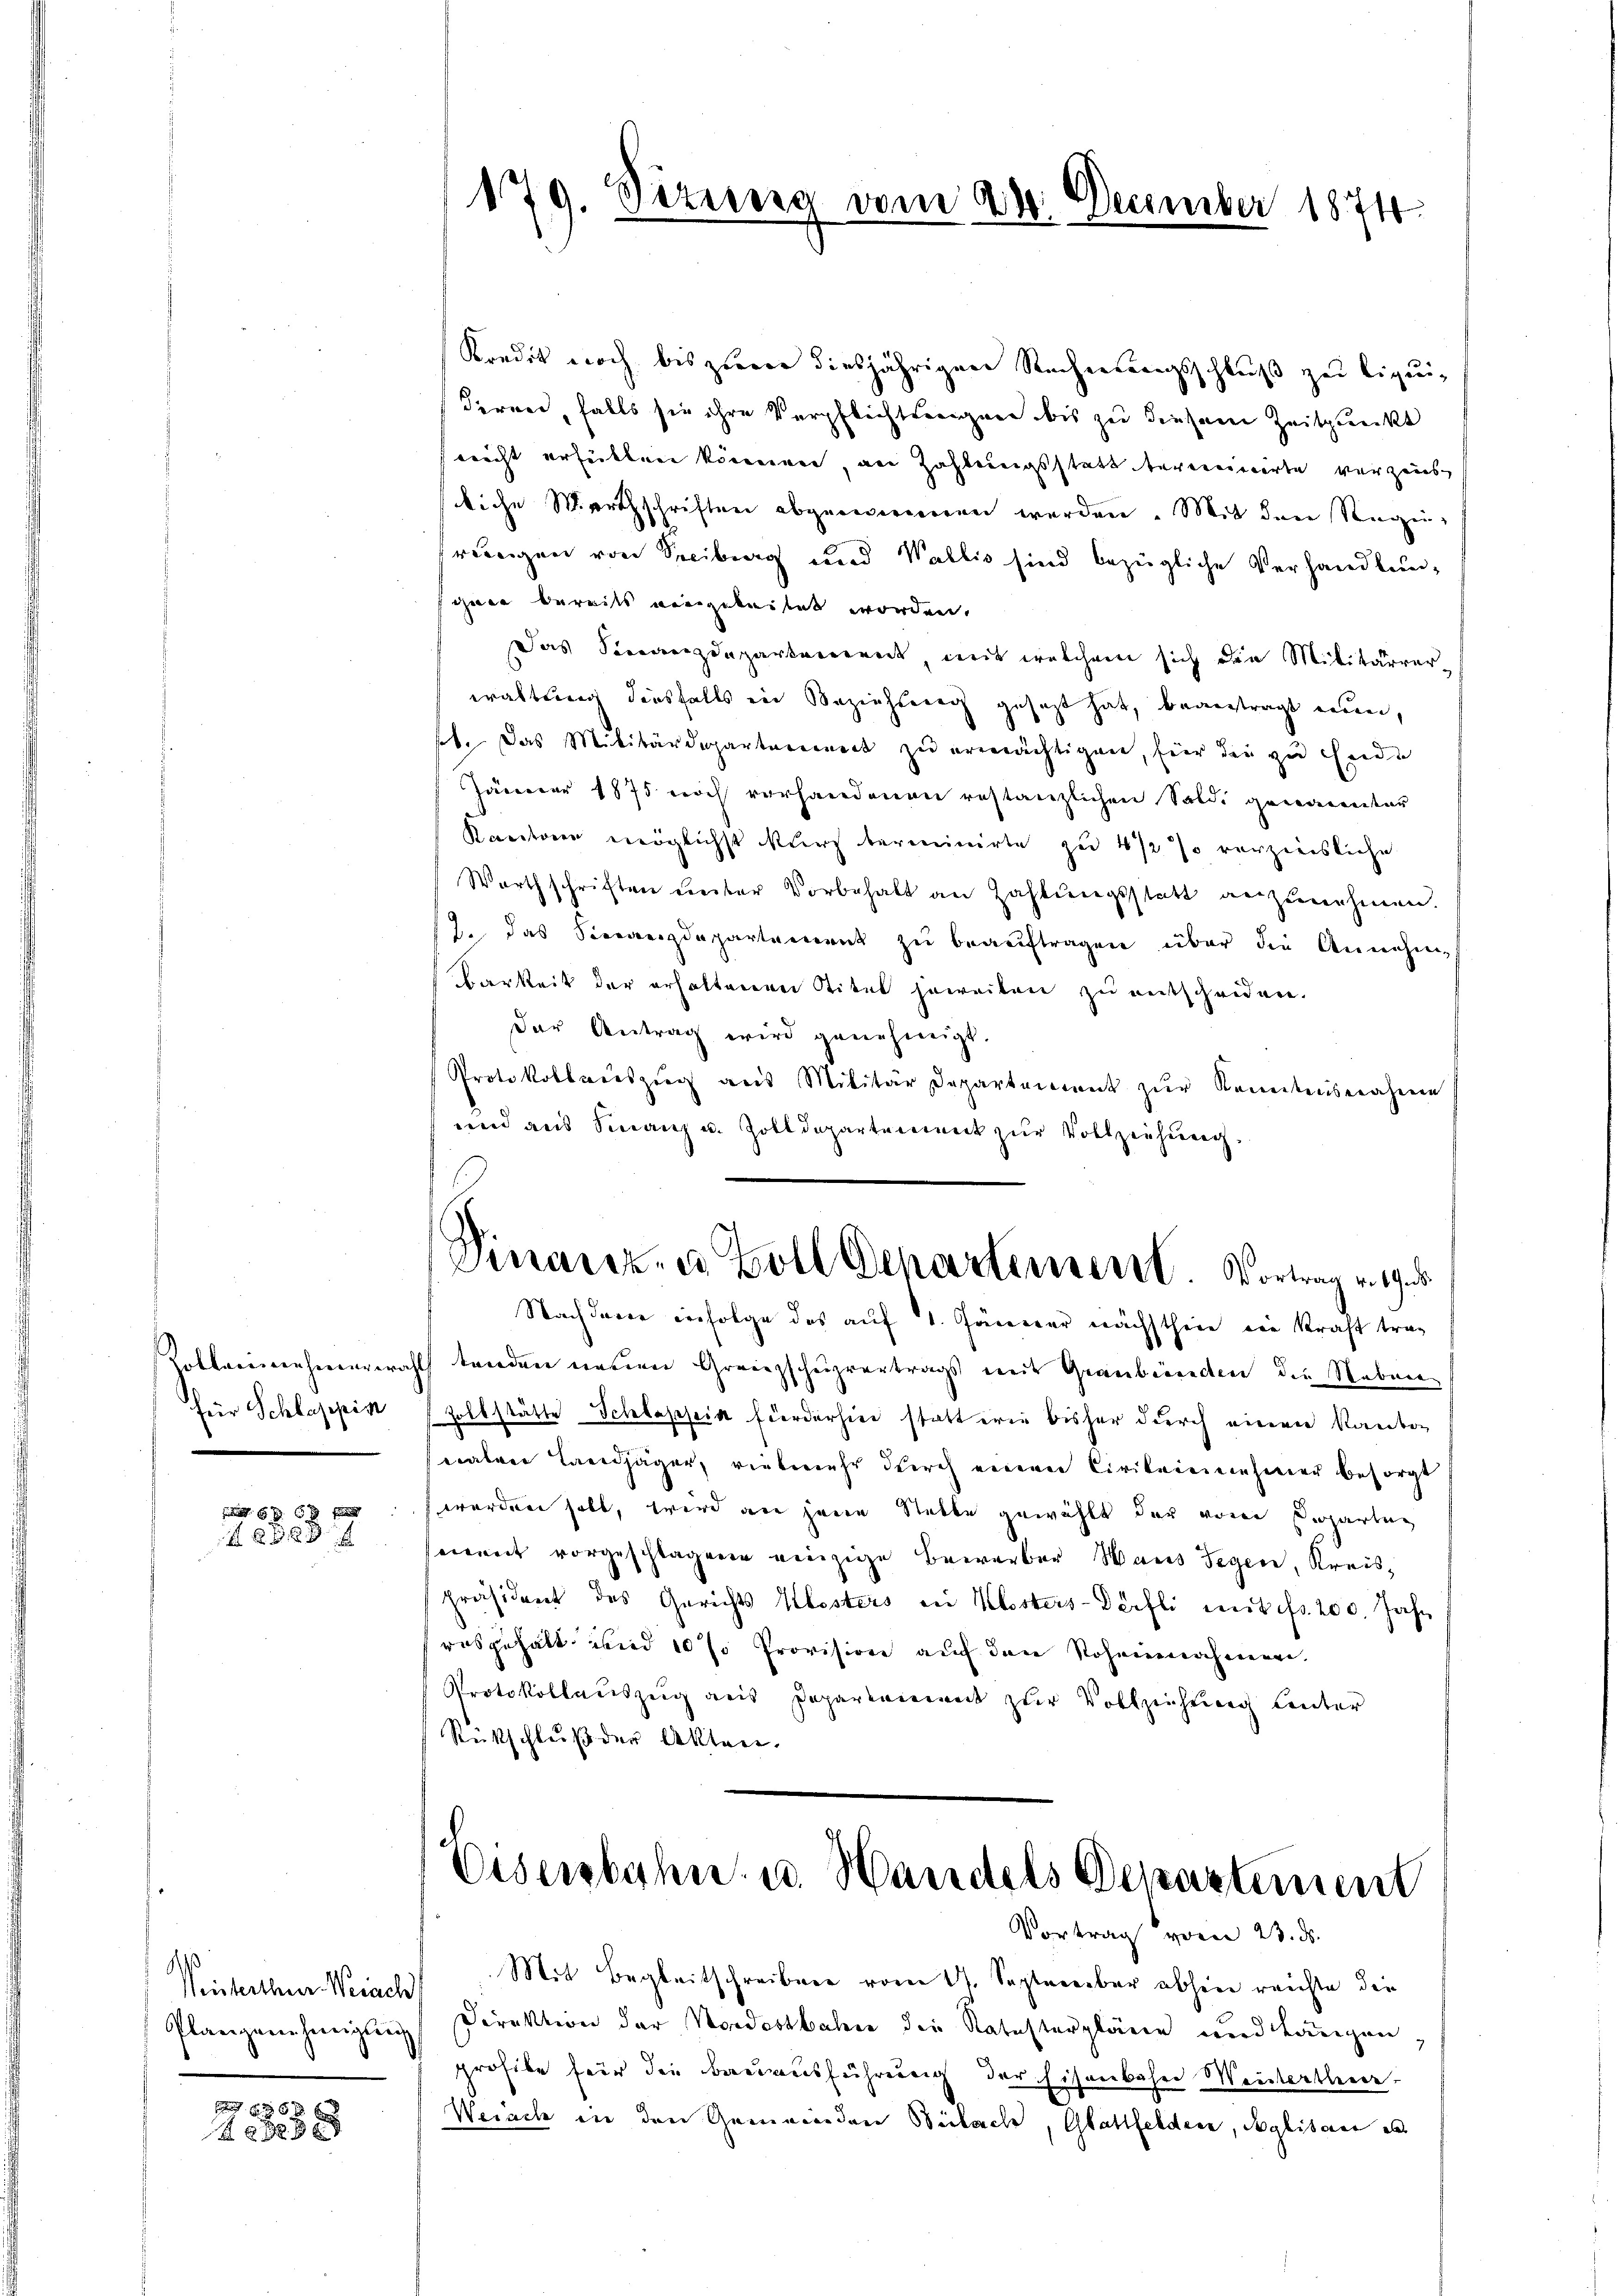
für Schlagepin
d

5 x 6x f
8xx

d
Weisterthur. Weiach
Plangenehmigung

56 x
 xx

179. Sizung vom 24. December 1874.

Kredit noch bis zwar diesjährigen Rechneerungsschluß zu liquideren, falls sie ihre Verpflichtseiner bis zu diesem Zeitpunkt
nicht erfüllen können, an Zahlungsstatt bereinerirte verzeug
liche Marthschriften abgenommen werden. Mit der Regenrweigen von Seciburg und Wallis sind bezügliche Verhandlun-
ihnen bereits vorgeleitet worden.
Das Sienanzdepartanereit, mit welchem sich die Militärrer-
waltung diesfalls in Beziehung gesezt hat, beantragt nun,
set. Das Militärdepartement zu ermächtigen, für die zu Ende
Jänner 1875 noch vorhandenen restanzlichen Saldi genannter
Kantonen möglichst kurz terminirte zu 4 1/2 so verzinsliche
Warthschriften unter Vorbehalt an Zahlŭngsstatt anzunehmen.
J. das Sieverdopartement zu beauftragen über die Annehm¬
Barkeit der erhaltenenen Titel jeweiten zu entscheiden.
der Antrag wird genehmigt.
Protokollaŭszŭg aŭs Militär Departarerent zŭr Kenntnisnahme
und aus Finanz u. Zolldepartement zur Vollziehung.
Finanz- u. Zoll Departement. Vortrag v. 19.
Nachdere infolge das auf 1. Jänner nächsthere ein Kraft trag
Rollerinnehmerwahl tenden neuen Grenzschuzvertrags mit Graubigenden die Neben-
Zollstätte Schlassia förderhin statt erin bisher durch einen Kanton
waere Landjäger, vielmehr durch einen Cirikeinnehmer besorgt
werden habt, wird an jene Statte gewählt der vom Departag
eret vorgeschlagenen einzige Bewerber Haus Gegen, Kreispräsident des Gerichts Klosters zu Klosters-Dörfli mit fr. 200. Jahr
ausgehalt und 10 % Provision auf den Rohannahmen,
Protokollauszug aus Departement zur Vollziehung Leuter
Rückschluß der Akten.

Eisenbahn u. Handels Departement
Vortrag vom 23. ds.

Mit Begleitschreiben vom 11. September abhin reichte die
Direktion der Nordostbahne die Natasterpläne und Längen,
profite für die Bauausführung der Eisenbahn Meisterthur
Weiach in den Gemeinden Beibache, Glattfelden, Segliterne als